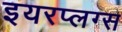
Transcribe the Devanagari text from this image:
इयरप्लग्स